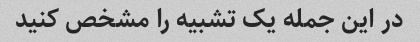
در این جمله یک تشبیه را مشخص کنید